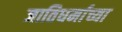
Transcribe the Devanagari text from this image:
जातिधर्माच्या